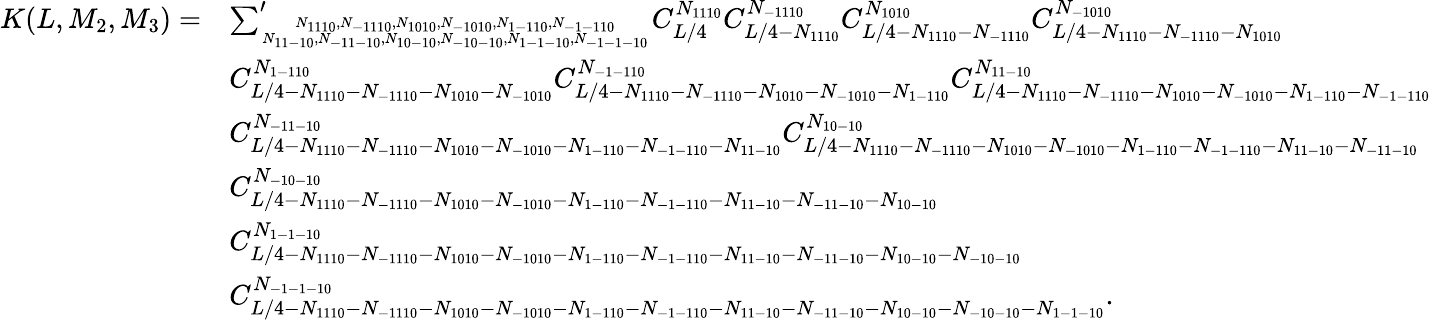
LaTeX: \begin{array}{rl}{K(L,M_{2},M_{3})=}&{{\sum}_{N_{1110},N_{-1110},N_{1010},N_{-1010},N_{1-110},N_{-1-110}\atop N_{11-10},N_{-11-10},N_{10-10},N_{-10-10},N_{1-1-10},N_{-1-1-10}}^{\prime}C_{L/4}^{N_{1110}}C_{L/4-N_{1110}}^{N_{-1110}}C_{L/4-N_{1110}-N_{-1110}}^{N_{1010}}C_{L/4-N_{1110}-N_{-1110}-N_{1010}}^{N_{-1010}}}\\ &{C_{L/4-N_{1110}-N_{-1110}-N_{1010}-N_{-1010}}^{N_{1-110}}C_{L/4-N_{1110}-N_{-1110}-N_{1010}-N_{-1010}-N_{1-110}}^{N_{-1-110}}C_{L/4-N_{1110}-N_{-1110}-N_{1010}-N_{-1010}-N_{1-110}-N_{-1-110}}^{N_{11-10}}}\\ &{C_{L/4-N_{1110}-N_{-1110}-N_{1010}-N_{-1010}-N_{1-110}-N_{-1-110}-N_{11-10}}^{N_{-11-10}}C_{L/4-N_{1110}-N_{-1110}-N_{1010}-N_{-1010}-N_{1-110}-N_{-1-110}-N_{11-10}-N_{-11-10}}^{N_{10-10}}}\\ &{C_{L/4-N_{1110}-N_{-1110}-N_{1010}-N_{-1010}-N_{1-110}-N_{-1-110}-N_{11-10}-N_{-11-10}-N_{10-10}}^{N_{-10-10}}}\\ &{C_{L/4-N_{1110}-N_{-1110}-N_{1010}-N_{-1010}-N_{1-110}-N_{-1-110}-N_{11-10}-N_{-11-10}-N_{10-10}-N_{-10-10}}^{N_{1-1-10}}}\\ &{C_{L/4-N_{1110}-N_{-1110}-N_{1010}-N_{-1010}-N_{1-110}-N_{-1-110}-N_{11-10}-N_{-11-10}-N_{10-10}-N_{-10-10}-N_{1-1-10}}^{N_{-1-1-10}}.}\end{array}